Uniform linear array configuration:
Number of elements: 48
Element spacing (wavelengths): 1
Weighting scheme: exponential
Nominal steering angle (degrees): -30
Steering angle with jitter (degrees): -29.566
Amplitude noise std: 0.05
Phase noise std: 0.05

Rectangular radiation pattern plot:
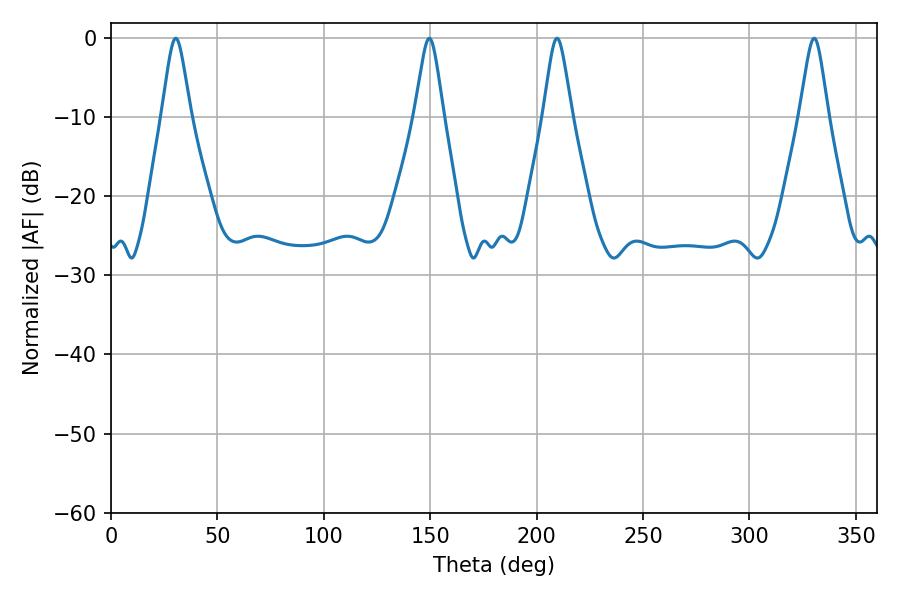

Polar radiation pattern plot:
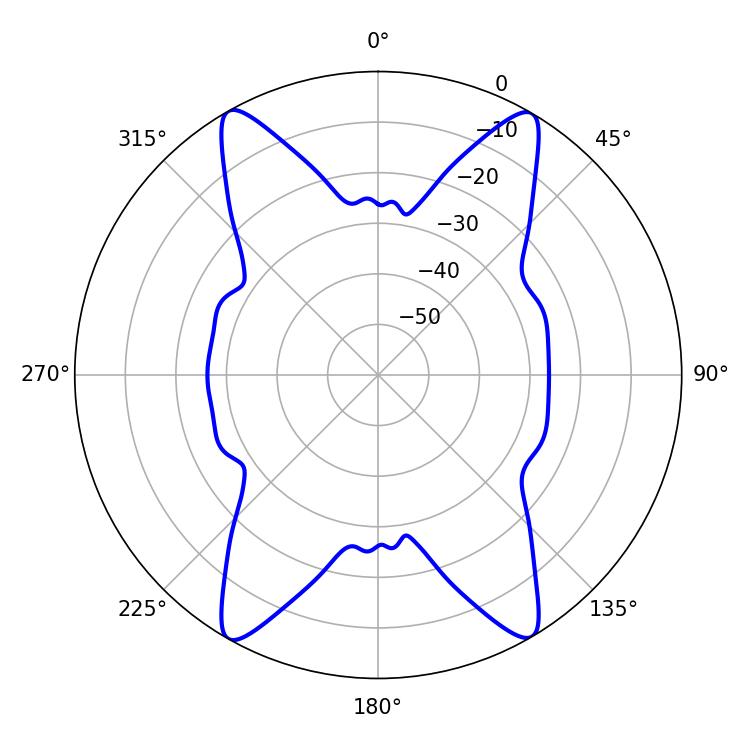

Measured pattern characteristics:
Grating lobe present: TRUE
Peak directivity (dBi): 25.243
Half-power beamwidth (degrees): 6.48
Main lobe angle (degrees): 30.42